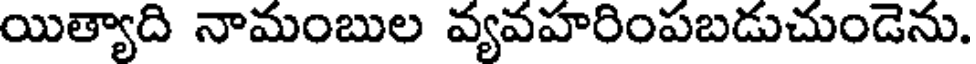
యిత్యాది నామంబుల వ్యవహరింపబడుచుండెను.